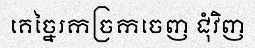
គេច្នៃរកច្រកចេញ ជុំវិញ